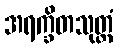
အရက္ခိတသုတ္တံ